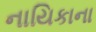
નાયિકાના